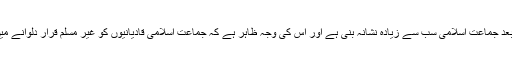
اس واقعے کے فورا بعد جماعت اسلامی سب سے زیادہ نشانہ بنی ہے اور اس کی وجہ ظاہر ہے کہ جماعت اسلامی قادیانیوں کو غیر مسلم قرار دلوانے میں پیش پیش رہی ہے۔